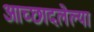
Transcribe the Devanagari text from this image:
आच्छादलेल्या